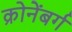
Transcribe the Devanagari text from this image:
क्रोनेंबर्ग